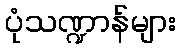
ပုံသဏ္ဍာန်များ